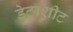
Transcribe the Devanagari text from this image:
डेटाशीट